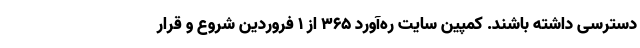
دسترسی داشته باشند. کمپین سایت ره‌آورد 365 از 1 فروردین شروع و قرار